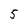
Character: 5